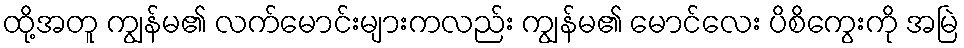
ထို့အတူ ကျွန်မ၏ လက်မောင်းများကလည်း ကျွန်မ၏ မောင်လေး ပိစိကွေးကို အမြဲ